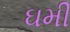
ઘમી